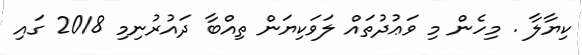
ކިޔާލާ . މިހެން މި ވަޢުދުތައް ލަވަކިޔަން ތިއްބާ ދައުރުނިމި 2018 ގައި